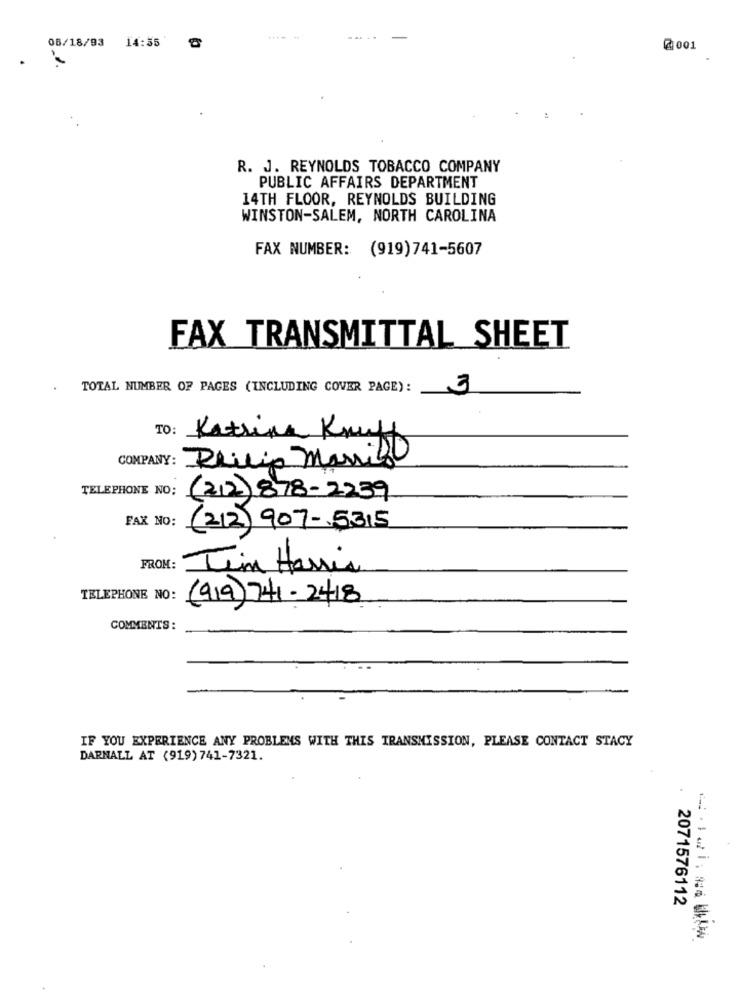
06/18/93
14:55
@ 001
.
R. J. REYNOLDS TOBACCO COMPANY
PUBLIC AFFAIRS DEPARTMENT
14TH FLOOR, REYNOLDS BUILDING
WINSTON-SALEM, NORTH CAROLINA
FAX NUMBER: (919)741-5607
FAX TRANSMITTAL SHEET
TOTAL NUMBER OF PAGES (INCLUDING COVER PAGE):
3
TO:
Katrina Knuff
COMPANY : Reilip marido
TELEPHONE NO:
(212) 878-2239
FAX NO:
(212) 907-5315
FROM:
Tim Hassis
TELEPHONE NO:
(919) 741-2418
COMMENTS:
IF YOU EXPERIENCE ANY PROBLEMS WITH THIS TRANSMISSION, PLEASE CONTACT STACY
DARNALL AT (919) 741-7321.
2071576112